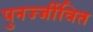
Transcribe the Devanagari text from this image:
पुनर्ज्जीवित